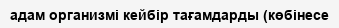
адам организмі кейбір тағамдарды (көбінесе